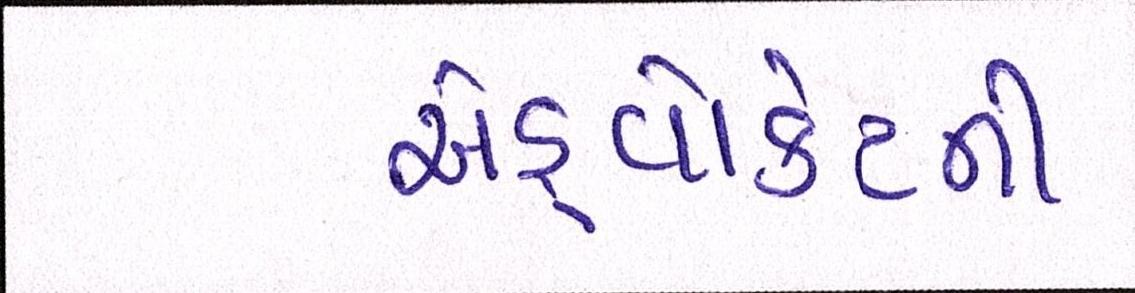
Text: એડ્વોકેટની